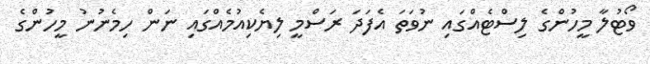
ވޯޓުލާ މީހުންގެ ލިސްޓެއްގައި ނުވަތަ އެފަދަ ރަސްމީ ލިޔެކިއުމެއްގައި ނަން ހިމެނުނު މީހުންގެ